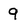
Character: 9